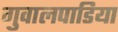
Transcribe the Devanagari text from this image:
गुवालपाडिया